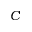
C